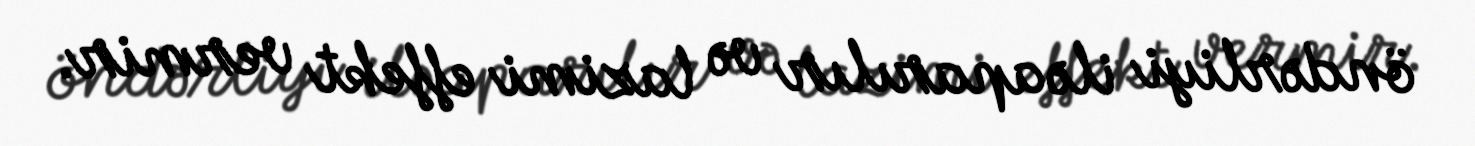
öndərliyi ilə aparılır və lazimi effekt vermir.